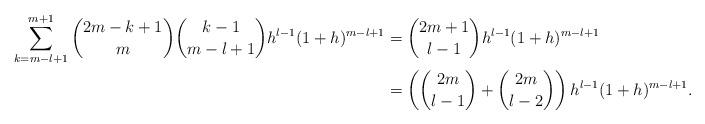
LaTeX: \begin{align*}\sum_{k=m-l+1}^{m+1}\binom{2m-k+1}{m}\binom{k-1}{m-l+1}h^{l-1}(1+h)^{m-l+1}&=\binom{2m+1}{l-1}h^{l-1}(1+h)^{m-l+1}\\&=\left(\binom{2m}{l-1}+\binom{2m}{l-2}\right)h^{l-1}(1+h)^{m-l+1}.\end{align*}